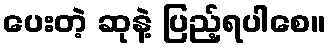
ပေးတဲ့ ဆုနဲ့ ပြည့်ရပါစေ။